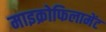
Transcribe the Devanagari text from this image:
माइक्रोफिलामेंट